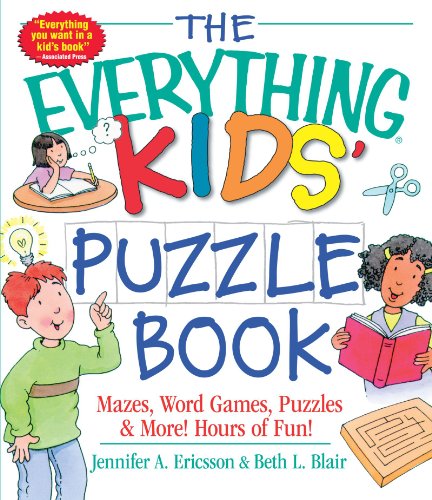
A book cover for The Everything Kids' Puzzle Book: Mazes, Word Games, Puzzles & More! Hours of Fun!; Jennifer A. Ericsson; Children's Books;